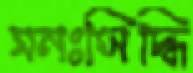
মনঃসিদ্ধি